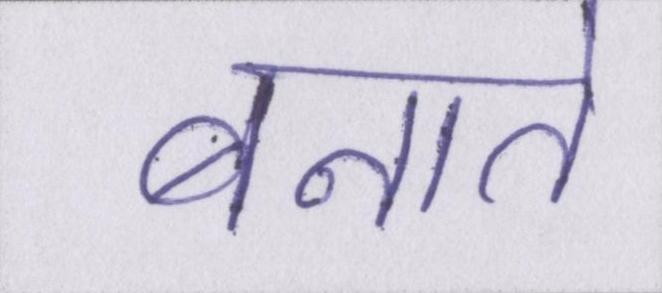
बनाते